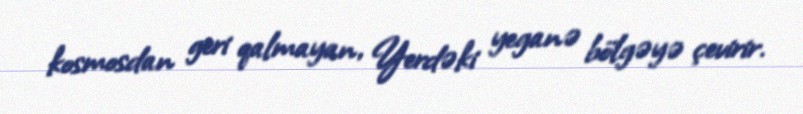
kosmosdan geri qalmayan, Yerdəki yeganə bölgəyə çevirir.